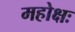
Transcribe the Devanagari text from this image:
महोक्षः